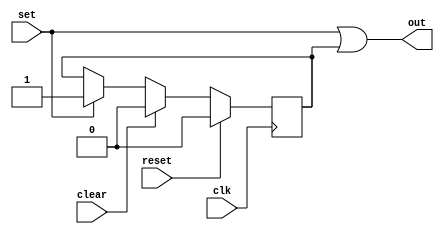
// This file is part of the Cornell University Hardware GPS Receiver Project.
// Copyright (C) 2009 - Adam Shapiro (ams348@cornell.edu)
//                      Tom Chatt (tjc42@cornell.edu)
//
// This program is free software; you can redistribute it and/or modify
// it under the terms of the GNU General Public License as published by
// the Free Software Foundation; either version 2 of the License, or
// (at your option) any later version.
//
// This program is distributed in the hope that it will be useful,
// but WITHOUT ANY WARRANTY; without even the implied warranty of
// MERCHANTABILITY or FITNESS FOR A PARTICULAR PURPOSE. See the
// GNU General Public License for more details.
//
// You should have received a copy of the GNU General Public License
// along with this program; if not, write to the Free Software
// Foundation, Inc., 59 Temple Place, Suite 330, Boston, MA 02111-1307 USA
module flag(
    input       clk,
    input       reset,
    input       clear,
    input       set,
    output wire out);

   parameter RESET_SET = 0;

   reg pending;
   always @(posedge clk) begin
      pending <= reset ? (RESET_SET ? 1'b1 : 1'b0) :
                 clear ? 1'b0 :
                 set ? 1'b1 :
                 pending;
   end

   assign out = set || pending;
   
endmodule